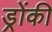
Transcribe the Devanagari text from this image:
ड्रोंकी